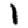
Digit: 1